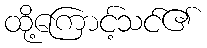
ထို့ကြောင့်သင်၏